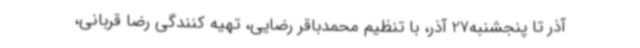
آذر تا پنجشنبه27 آذر، با تنظیم محمدباقر رضایی، تهیه کنندگی رضا قربانی،